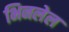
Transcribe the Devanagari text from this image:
भिनलेल